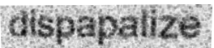
dispapalize